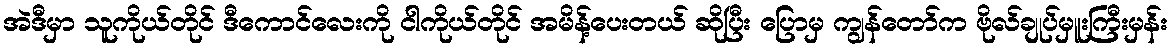
အဲဒီမှာ သူကိုယ်တိုင် ဒီကောင်လေးကို ငါကိုယ်တိုင် အမိန့်ပေးတယ် ဆိုပြီး ပြောမှ ကျွန်တော်က ဗိုလ်ချုပ်မှူးကြီးမှန်း